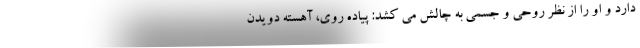
دارد و او را از نظر روحی و جسمی به چالش می کشد: پیاده روی، آهسته دویدن